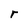
Character: r